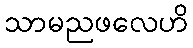
သာမညဖလေဟိ